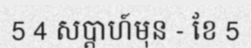
5 4 សប្តាហ៍មុន - ខែ 5